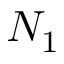
N _ { 1 }